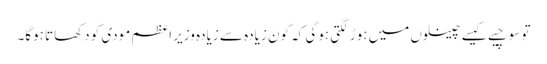
تو سوچیے کیسے چینلوں میں ہوڑ لگتی ہوگی کہ کون زیادہ سے زیادہ وزیر اعظم مودی کو دکھاتا ہوگا۔